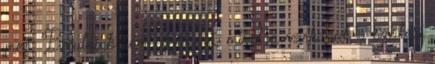
meg. Bejutniuk sem egyszerű, mivel a várkapuk a szökési